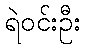
ရဲဝင်းဦး